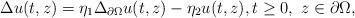
LaTeX: \begin{align*}\Delta u(t,z)=\eta_1\Delta_{\partial \Omega} u(t,z)-\eta_2 u(t,z), t\ge 0,\ z\in \partial\Omega,\end{align*}